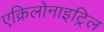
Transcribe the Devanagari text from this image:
एक्रिलोनाइट्रिल